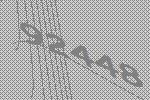
92448